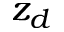
z _ { d }